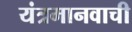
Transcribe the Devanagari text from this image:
यंत्रमानवाची